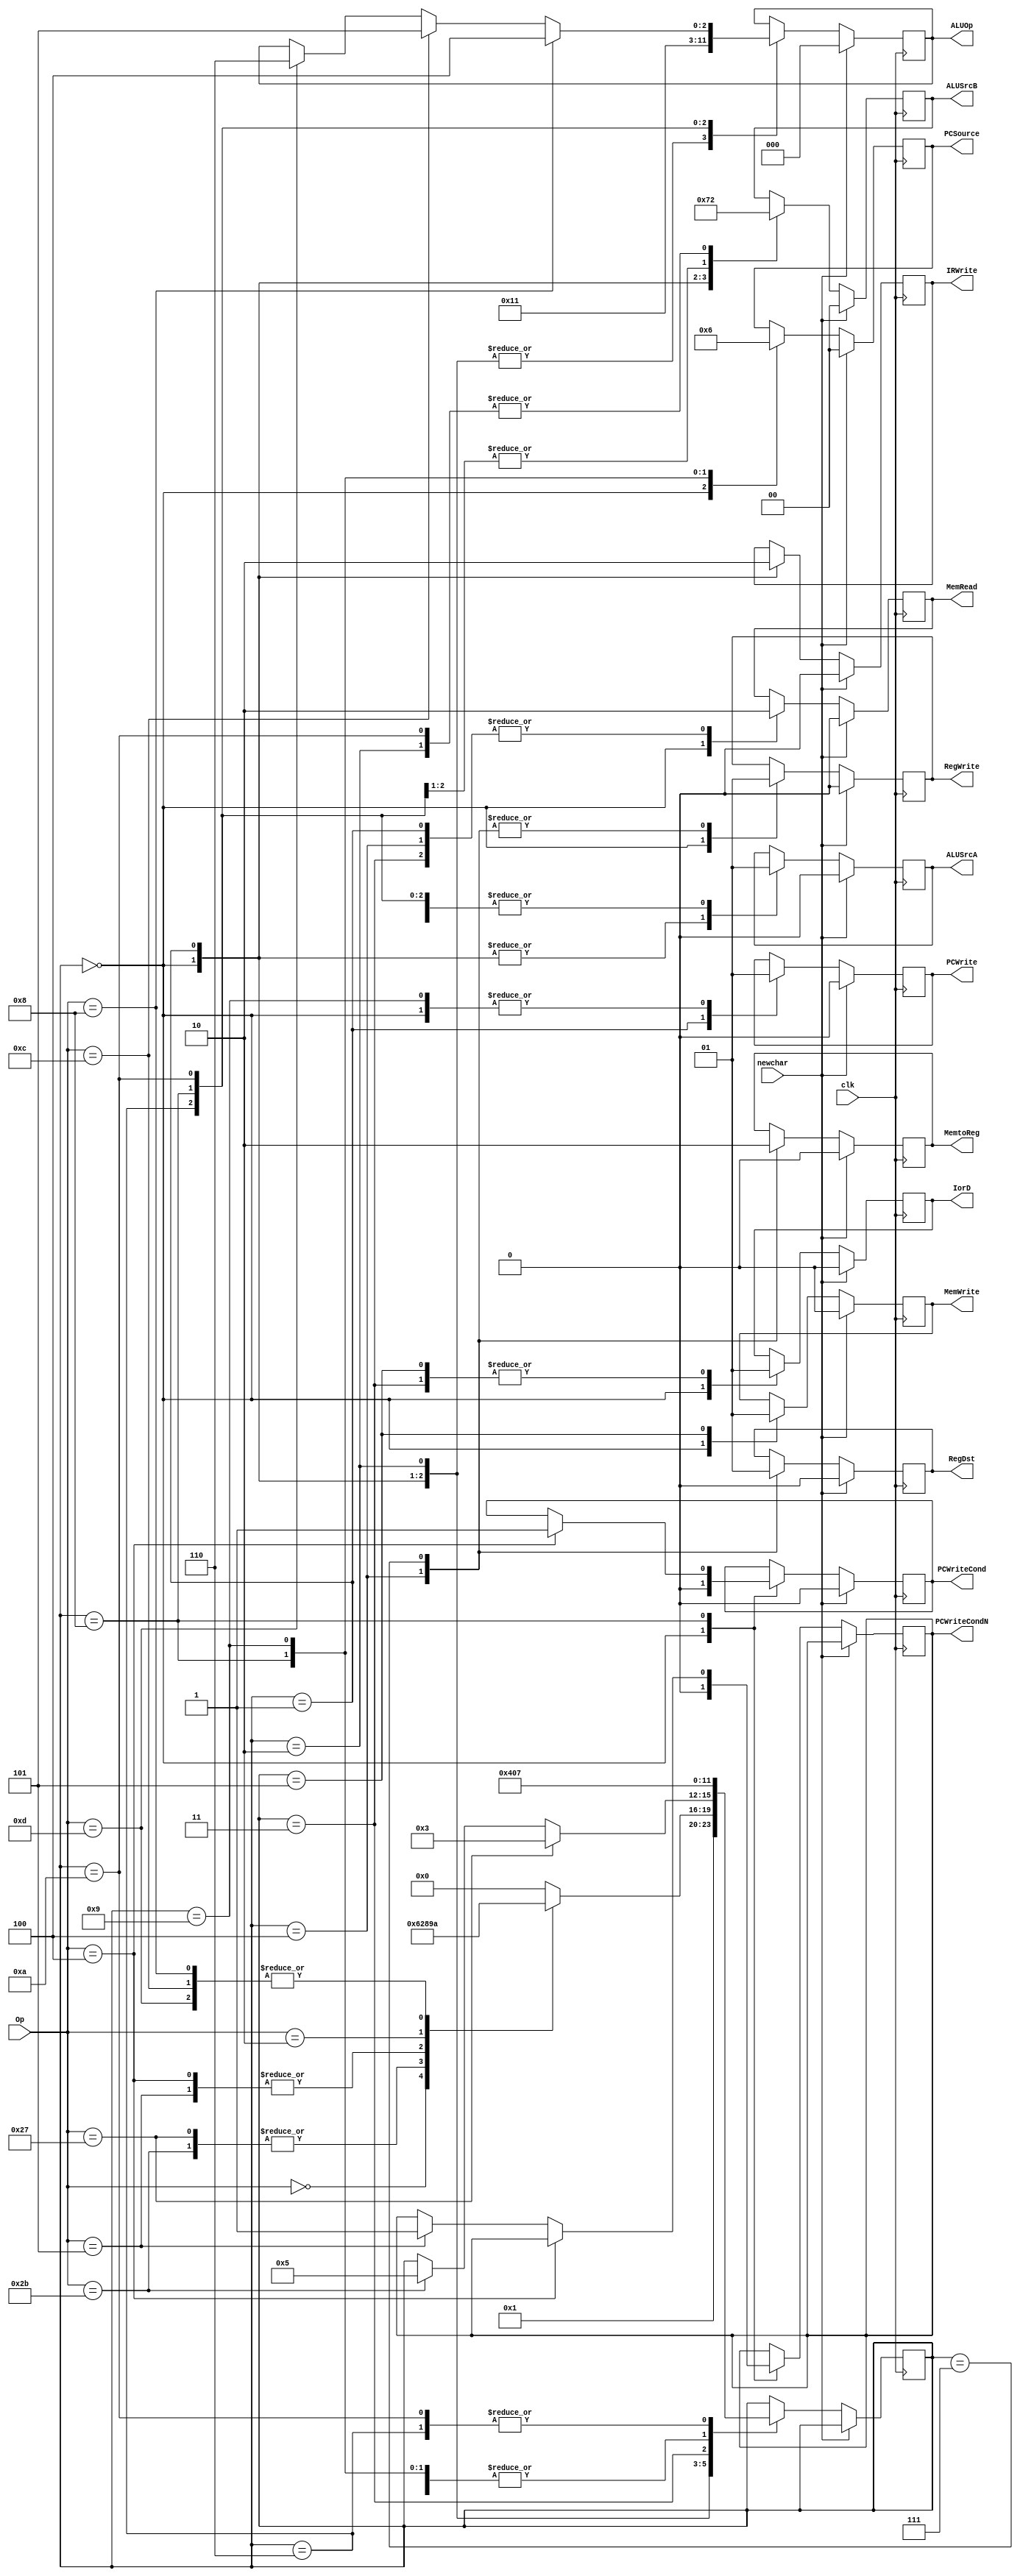
`timescale 1ns / 1ps
//////////////////////////////////////////////////////////////////////////////////
// Company: 
// Engineer: 
// 
// Design Name: 
// Module Name:    Control 
// Project Name: 
// Target Devices: 
// Tool versions: 
// Description: 
//
// Dependencies: 
//
// Revision: 
// Revision 0.01 - File Created
// Additional Comments: 
//
//////////////////////////////////////////////////////////////////////////////////
module Control(
	 input clk,
    input [5:0] Op,
	 input newchar,
	 output reg PCWriteCond,
	 output reg PCWriteCondN,
	 output reg PCWrite,
	 output reg IorD,
	 output reg MemRead,
	 output reg MemWrite,
	 output reg MemtoReg,
	 output reg IRWrite,
	 output reg [1:0] PCSource,
	 output reg [2:0] ALUOp,
	 output reg [1:0] ALUSrcB,
	 output reg ALUSrcA,
	 output reg RegWrite,
	 output reg RegDst
    );
	
	parameter Instructionfetch=0, Instructiondecode=1, Memoryaddresscomp=2;
	parameter Memoryaccess1=3, Memoryread=4, Memoryaccess2=5, Execution=6;
	parameter Rtypecompletion=7, Branchcompletion=8, Jumpcompletion=9;
	parameter ImmExecution=10;
	reg [3:0] EstadoActual;

	initial begin
		PCWriteCond <= 0;
		PCWrite <= 0;
		IorD <= 1;
		MemRead <= 0;
		MemWrite <= 0;
		MemtoReg <= 1;
	   IRWrite <= 0;
	   PCSource <= 2'b11;
	   ALUOp <= 3'b011;
	   ALUSrcB <= 2'b11;
		ALUSrcA <= 1;
		RegWrite <= 0;
		RegDst <= 1;
		EstadoActual <= Instructionfetch;
	end
	
	always @ (posedge clk) begin
			if (newchar)
				begin
					PCWriteCond <= 0;
					PCWrite <= 0;
					IorD <= 0;
					MemRead <= 0;
					MemWrite <= 0;
					MemtoReg <= 0;
					IRWrite <= 0;
					PCSource <= 2'b00;
					ALUOp <= 3'b000;
					ALUSrcB <= 2'b00;
					ALUSrcA <= 0;
					RegWrite <= 0;
					RegDst <= 0;
				end
			else 
				begin
					case(EstadoActual)
						Instructionfetch:
							begin
								PCWriteCond <= 0;
								PCWriteCondN <= 0;
								RegWrite <= 0;
								MemWrite <= 0;
								MemRead <= 1;
								ALUSrcA <= 0;
								IorD <= 0;
								IRWrite <= 1;
								ALUSrcB <= 2'b01;
								ALUOp <= 3'b000;
								PCWrite <= 1;
								PCSource <= 2'b00;
								EstadoActual <= Instructiondecode;
							end
						Instructiondecode:
							begin
								MemRead <= 0;
								IRWrite <= 0;
								PCWrite <= 0;
								ALUSrcA <= 0;
								ALUSrcB <= 2'b11;
								ALUOp <= 3'b000;
								case(Op)
									0: //Tipo R
										EstadoActual <= Execution;
									6'b100111, 6'b101011: //lw o sw
										EstadoActual <= Memoryaddresscomp;
									4, 5: //Beq o bne
										EstadoActual <= Branchcompletion;
									2: //jump
										EstadoActual <= Jumpcompletion;
									8, 6'b001100, 6'b001101: //addi, andi, ori
										EstadoActual <= ImmExecution;
									default:
										EstadoActual <= Instructionfetch;
								endcase
							end
						Memoryaddresscomp:
							begin
								ALUSrcA <= 1;
								ALUSrcB <= 2'b10;
								ALUOp <= 3'b000;
								if (Op == 6'b100111) //lw
									EstadoActual <= Memoryaccess1;
								else if (Op == 6'b101011) //sw
									EstadoActual <= Memoryaccess2;
							end
						Memoryaccess1:
							begin
								MemRead <= 0;
								IorD <= 1;
								EstadoActual <= Memoryread;
							end
						Memoryread:
							begin
								MemRead <= 0;
								RegDst <= 0;
								RegWrite <= 1;
								MemtoReg <= 1;
								EstadoActual <= Instructionfetch;
							end
						Memoryaccess2:
							begin
								MemWrite <= 1;
								IorD <= 1;
								EstadoActual <= Instructionfetch;
							end
						Execution:
							begin
								ALUSrcA <= 1;
								ALUSrcB <= 2'b00;
								ALUOp <= 3'b010;
								EstadoActual <= Rtypecompletion;
							end
						Rtypecompletion:
							begin
								RegDst <= 1;
								RegWrite <= 1;
								MemtoReg <= 0;
								EstadoActual <= Instructionfetch;
							end
						Branchcompletion:
							begin
								ALUSrcA <= 1;
								ALUSrcB <= 2'b00;
								ALUOp <= 3'b001;
								PCSource <= 2'b01;
								EstadoActual <= Instructionfetch;
								if (Op == 4)
									PCWriteCond <= 1;
								else if (Op == 5)
									PCWriteCondN <= 1;
							end
						Jumpcompletion:
							begin
								PCWrite <= 1;
								PCSource <= 2'b10;
								EstadoActual <= Instructionfetch;
							end
						ImmExecution:
							begin
								ALUSrcA <= 1;
								ALUSrcB <= 2'b10;
								EstadoActual <= Rtypecompletion;
								if (Op == 8)
									ALUOp <= 3'b100;
								else if (Op == 6'b001100)
									ALUOp <= 3'b101;
								else if (Op == 6'b001101)
									ALUOp <= 3'b110;
							end
					endcase
				end
	end

endmodule